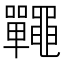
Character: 𪓽